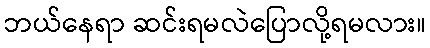
ဘယ်နေရာ ဆင်းရမလဲပြောလို့ရမလား။